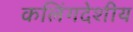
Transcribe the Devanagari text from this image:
कलिंगदेशीय